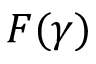
F ( \gamma )